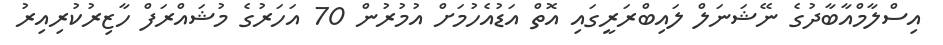
އިސްލާމްއާބާދުގެ ނޭޝަނަލް ލައިބްރަރީގައި އޮތް އަޑުއެހުމަށް އުމުރުން 70 އަހަރުގެ މުޝައްރަފް ހާޒިރުކުރިއިރު